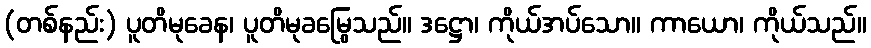
(တစ်နည်း) ပူတိမုခေန၊ ပူတိမုခမြွေသည်။ ဒဋ္ဌော၊ ကိုယ်အပ်သော။ ကာယော၊ ကိုယ်သည်။